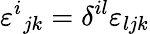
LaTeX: \varepsilon^{i}{}_{jk}=\delta^{il}\varepsilon_{ljk}